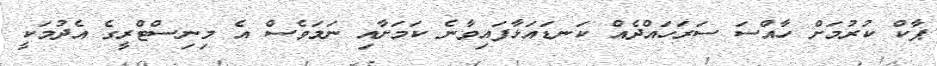
ޕާކް ކުރުމަށް ހާއްސަ ސަރަހައްދެއް ކަނޑައަޅާފައިވާނެ ކަމަށާއި ނަމަވެސް އެ މިނިސްޓްރީގެ އެދުމަކީ